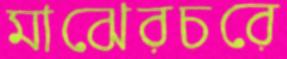
মাঝেরচরে